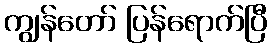
ကျွန်တော် ပြန်ရောက်ပြီ